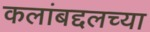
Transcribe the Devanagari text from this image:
कलांबद्दलच्या